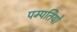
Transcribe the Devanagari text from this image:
पम्‍पतियो